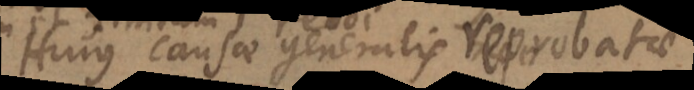
Hujus causae generalis exemplum